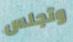
وتجلس